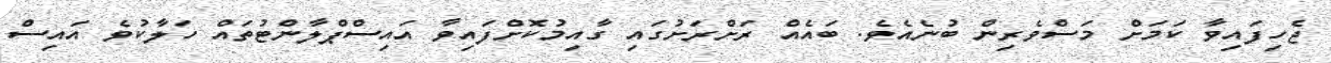
ޖެހިފައިވާ ކަމަށް މަސްވެރިން ބުނެއެވެ. ބައެއް ރަށްރަށުގައި ގާއިމުކޮށްފައިވާ އައިސްޕްލާންޓުތައް ހަލާކުވެ އައިސް